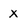
Character: X